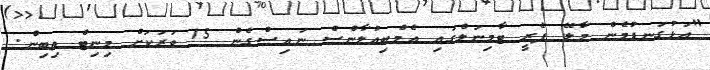
"އަޅުގަނޑުމެން މާލޭ ފެރީ ޓާމިނަލްގައި އެމްބިއުލާންސް ނައިސްގެން 15 ވަރަކަށް މިނިޓް ތިބިން.